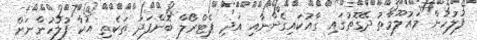
ފުލުހުން މައުލޫމާތު ދޭގޮތުގައި ގާއުކައިގެންނާއި އަދި ޕެޓްރޯލް ބޮންފަދަ ތަކެތި އުކާ ފުލުހުންނަށް